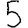
Digit: 5